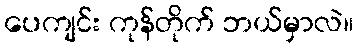
ပေကျင်း ကုန်တိုက် ဘယ်မှာလဲ။